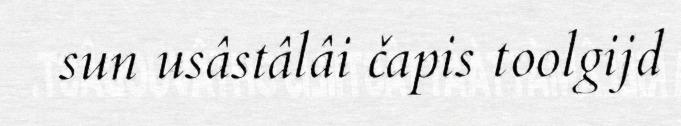
sun usâstâlâi čapis toolgijd